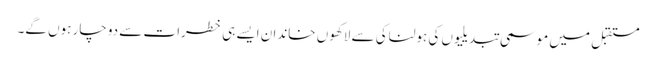
مستقبل میں موسمی تبدیلیوں کی ہولناکی سے لاکھوں خاندان ایسے ہی خطرات سے دوچار ہوں گے۔